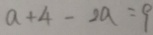
a + 4 - 2 a = 9